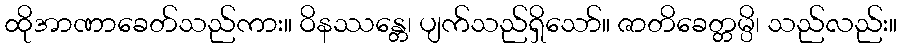
ထိုအာဏာခေတ်သည်ကား။ ဝိနဿန္တေ၊ ပျက်သည်ရှိသော်။ ဇာတိခေတ္တမ္ပိ၊ သည်လည်း။